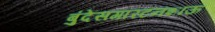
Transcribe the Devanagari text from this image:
बुंदेसगारटनशाऊ